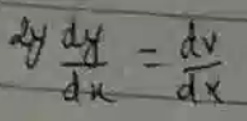
$2y\frac{dy}{dx}=\frac{dv}{dx}$